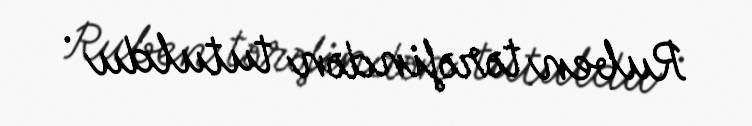
Ruben tərəfindən tutuldu .